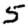
Digit: 5